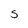
Character: 5